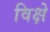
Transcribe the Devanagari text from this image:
विक्षे